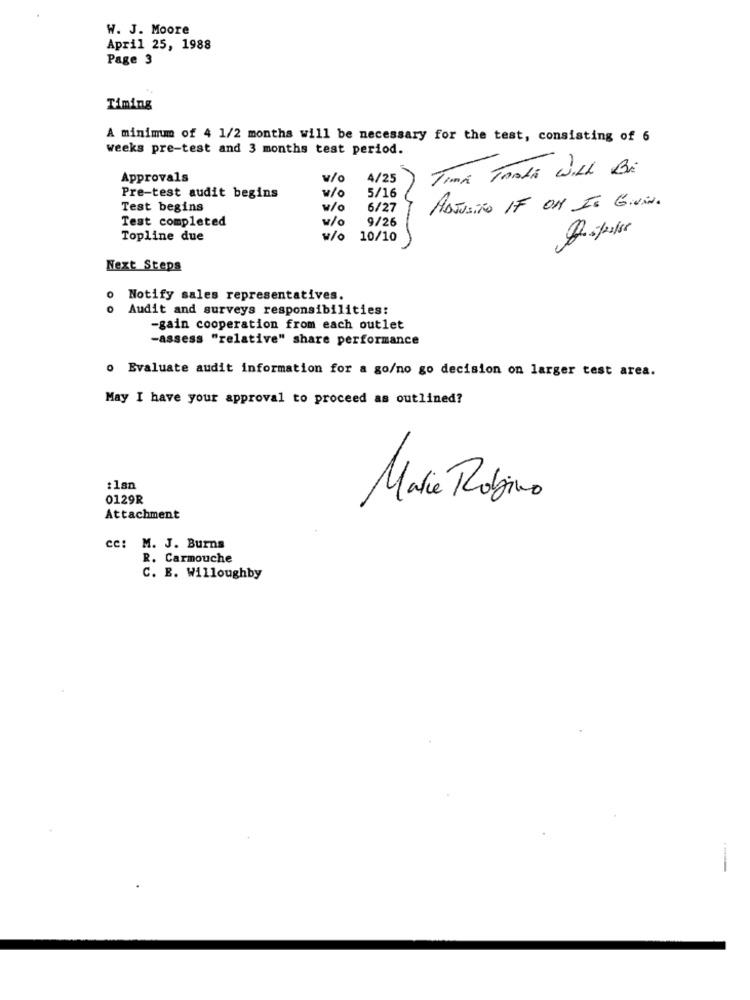
W. J. Moore
April 25, 1988
Page 3
Timing
A minimum of 4 1/2 months will be necessary for the test, consisting of 6
weeks pre-test and 3 months test period.
TIMA TARLA WILL BE
Approvals
v/o
4/25
Pre-test audit begins
w/o
5/16
Test begins
w/o
6/27
ADJUNTO IF ON IS GIVEN.
Test completed
w/o
9/26
Topline due
v/o
10/10
Next Steps
0
Notify sales representatives.
0
Audit and surveys responsibilities:
-gain cooperation from each outlet
-assess "relative" share performance
o Evaluate audit information for a go/no go decision on larger test area.
May I have your approval to proceed as outlined?
:lan
0129R
Marie Robino
Attachment
cc: M. J. Burns
R. Carmouche
C. E. Willoughby